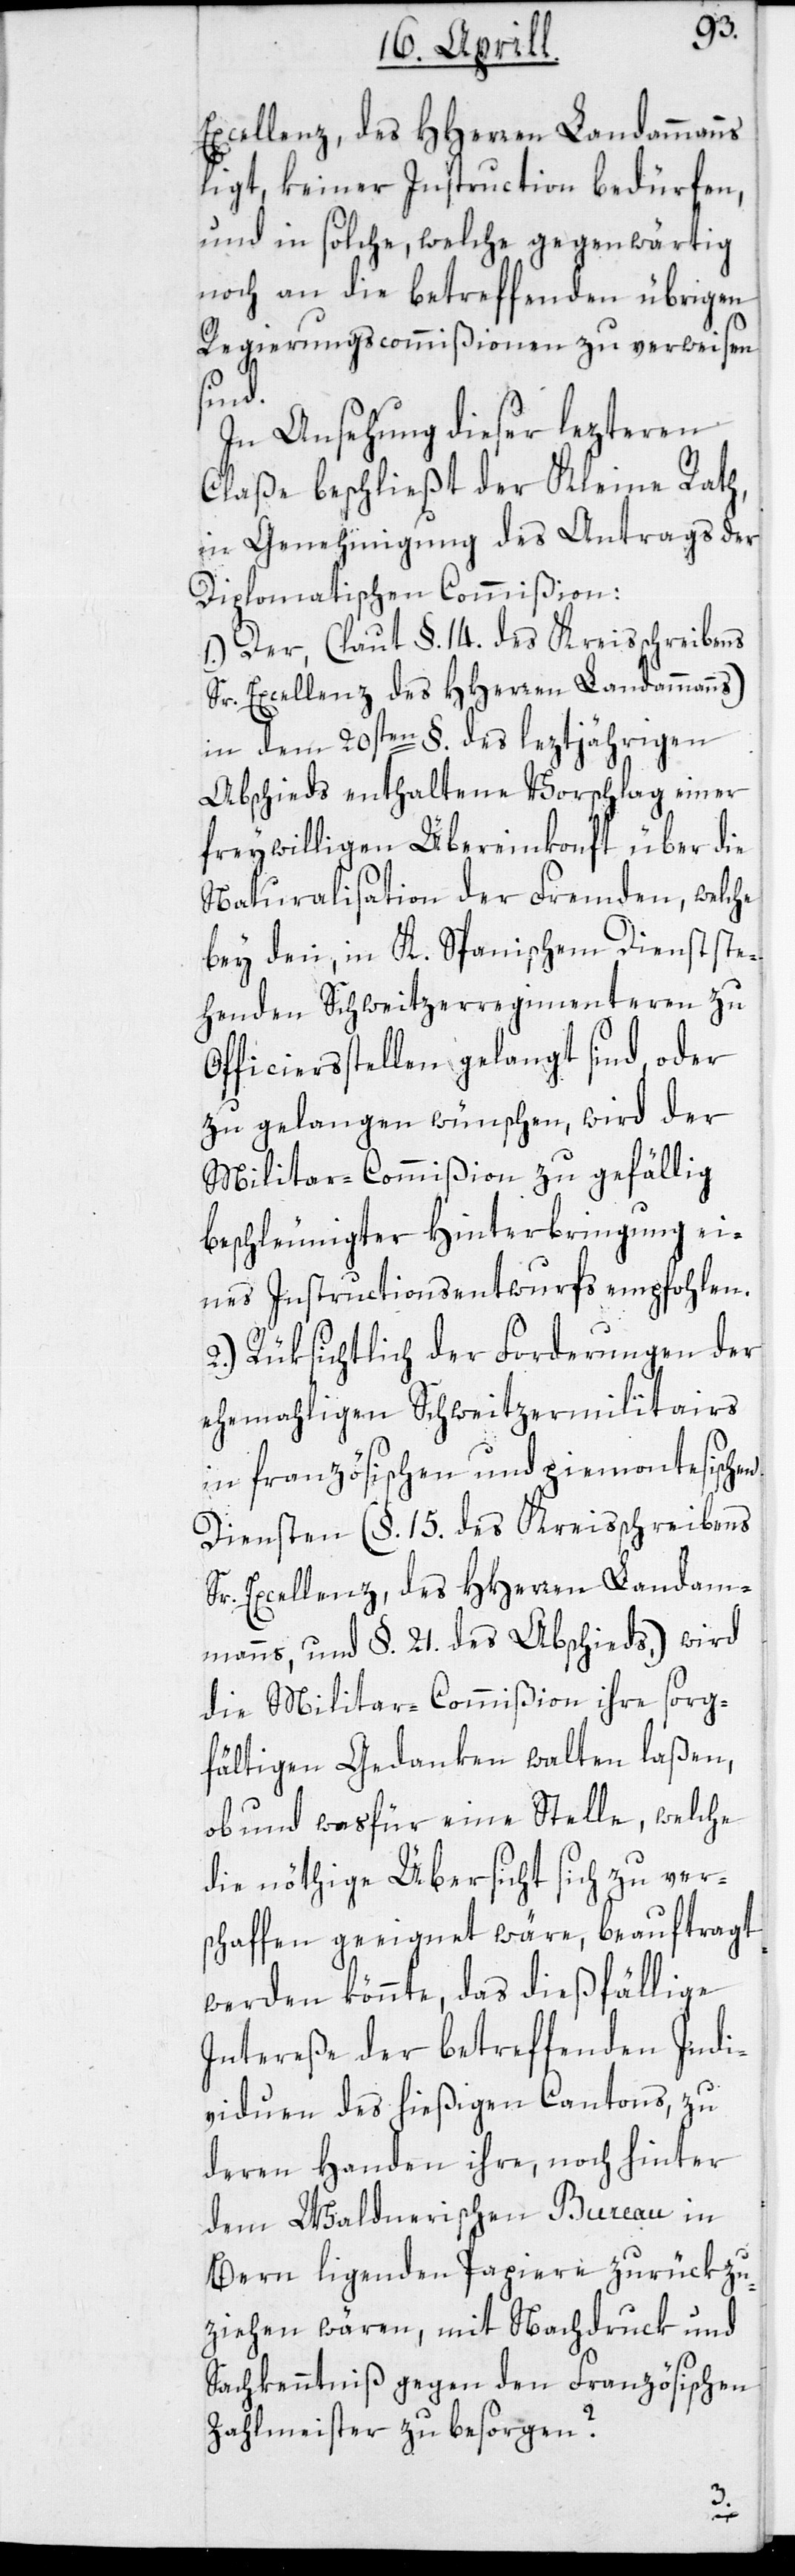
Excellenz, des HHerren Landammanns
ligt, keiner Instruction bedürfen,
und in solche, welche gegenwärtig
noch an die betreffenden übrigen
Regierungscommißionen zu verweisen
sind.
In Ansehung dieser lezteren
Classe beschließt der Kleine Rath,
in Genehmigung des Antrags der
Diplomatischen Commißion:
1.) Der, (laut §. 14. des Kreisschreibens
Sr. Excellenz des HHerren Landammanns)
in dem 20sten §. des leztjährigen
Abschieds enthaltene Vorschlag einer
freywilligen Übereinkonft über die
Naturalisation der Fremden, welche
bey den, in K. Spanischem Dienst ste¬
henden Schweitzerregimenteren zu
Officiersstellen gelangt sind, oder
zu gelangen wünschen, wird der
Militar-Commißion zu gefällig
beschleunigter Hinterbringung ei¬
nes Instructionsentwurfs empfohlen.
2.) Rüksichtlich der Forderungen der
ehemahligen Schweitzermilitairs
in französischen und piemontesischen
Diensten (§. 15. des Kreisschreibens
Sr. Excellenz, des HHerren Landam¬
manns, und §. 21. des Abschieds,) wird
die Militar-Commißion ihre sorg¬
fältigen Gedanken walten laßen,
ob und was für eine Stelle, welche
die nöthige Übersicht sich zu vers¬
chaffen geeignet wäre, beauftragt
werden könnte, das dießfällige
Intereße der betreffenden Indi¬
viduen des hießigen Cantons, zu
deren Handen ihre, noch hinter
dem Waldnerischen Bureau in
Bern ligenden Papiere zurükzu¬
ziehen wären, mit Nachdruck und
Sachkenntniß gegen den Französischen
Zahlmeister zu besorgen?